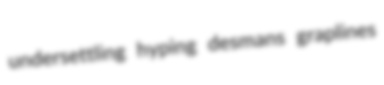
undersettling hyping desmans graplines